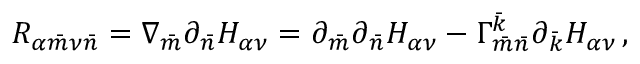
R _ { \alpha { \bar { m } } \nu { \bar { n } } } = \nabla _ { \bar { m } } \partial _ { \bar { n } } H _ { \alpha \nu } = \partial _ { \bar { m } } \partial _ { \bar { n } } H _ { \alpha \nu } - \Gamma _ { \bar { m } \bar { n } } ^ { \bar { k } } \partial _ { \bar { k } } H _ { \alpha \nu } \, ,